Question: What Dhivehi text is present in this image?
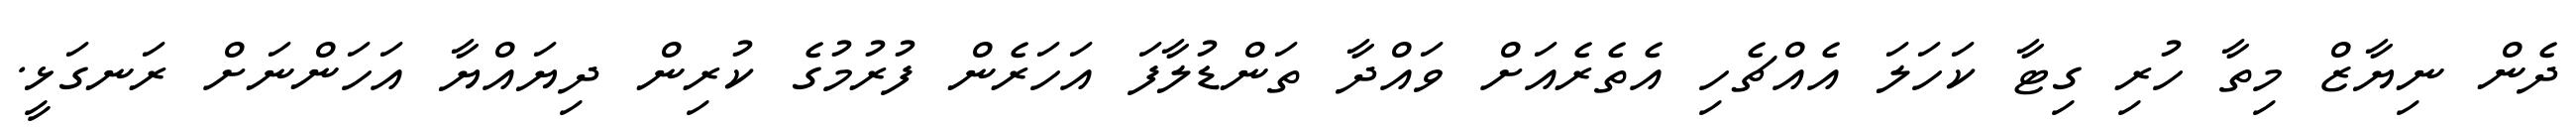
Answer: ދެން ނިޔާޒް މިތާ ހުރި ގިޓާ ކަހަލަ އެއްޗެހި އެތެރެއަށް ވައްދާ ތަންޑުލާފަ އަހަރެން ފުރުމުގެ ކުރިން ދިޔައްޔާ އަހަންނަށް ރަނގަޅީ.